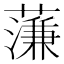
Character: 𮶶